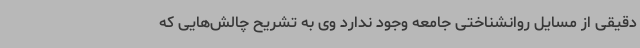
دقیقی از مسایل روانشناختی جامعه وجود ندارد وی به تشریح چالش‌هایی که